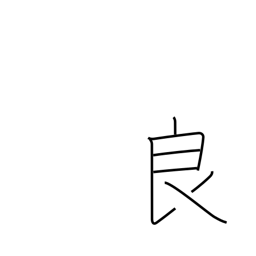
Meaning: skilled